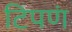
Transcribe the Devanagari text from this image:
टिपणं